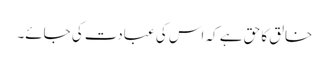
خالق کا حق ہے کہ اس کی عبادت کی جائے۔